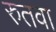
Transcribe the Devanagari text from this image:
रुतवा